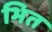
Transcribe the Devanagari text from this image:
भित